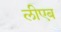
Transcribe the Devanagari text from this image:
लीएब